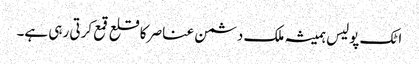
اٹک پولیس ہمیشہ ملک دشمن عناصر کا قلع قمع کرتی رہی ہے۔